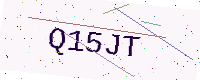
Text: Q15JT